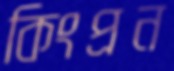
কিংপ্রন